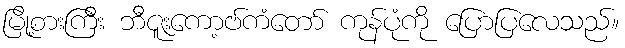
မြို့စားကြီး ဘီဇူးကော့ဗ်ကံတော် ကုန်ပုံကို ပြောပြလေသည်။